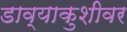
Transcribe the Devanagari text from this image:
डाव्याकुशीवर